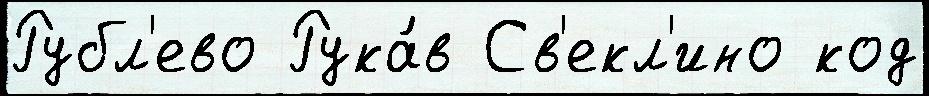
Рубл'ево Рука́в Св'екл'ино код